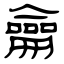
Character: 龠